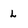
Character: L